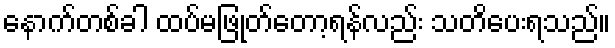
နောက်တစ်ခါ ထပ်မဖြုတ်တော့ရန်လည်း သတိပေးရသည်။